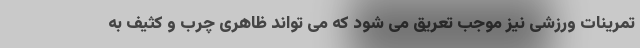
تمرینات ورزشی نیز موجب تعریق می شود که می تواند ظاهری چرب و کثیف به